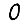
Digit: 0